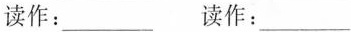
读作：___ 读作：___